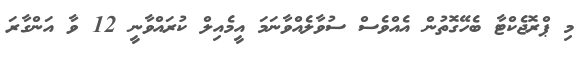
މި ޕްރޮޖެކްޓާ ބެހޭގޮތުން އެއްވެސް ސުވާލެއްވާނަމަ އީމެއިލް ކުރައްވާނީ 12 ވާ އަންގާރަ